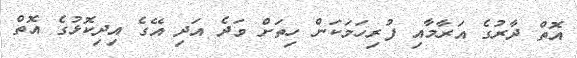
އޮތް ދާރުގެ އަރާމާއި ފުރިހަމަކަން ހިތަށް ވަދެ އަދި އޭގެ އިދިކޮޅުގެ އޮތް